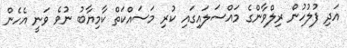
އަދި ފުލުހުން ރިލްވާންގެ މައްސަލައިގައި ކުރި މަސައްކަތް ކާމިޔާބު ނުވެ ވަނީ އެހެން